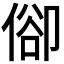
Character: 𠊬